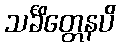
သင်္ခိတ္တေနပိ